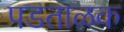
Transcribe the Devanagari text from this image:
पडताळक